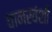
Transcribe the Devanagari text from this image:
वानरवंशी